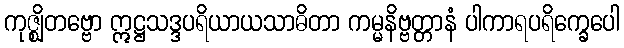
ကုဇ္ဈိတဗ္ဗော ဣဋ္ဌသဒ္ဒပရိယာယသာဓိတာ ကမ္မနိဗ္ဗတ္တာနံ ပါကာရပရိက္ခေပေါ